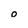
Character: 0